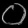
Digit: ၀